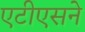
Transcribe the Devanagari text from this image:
एटीएसने